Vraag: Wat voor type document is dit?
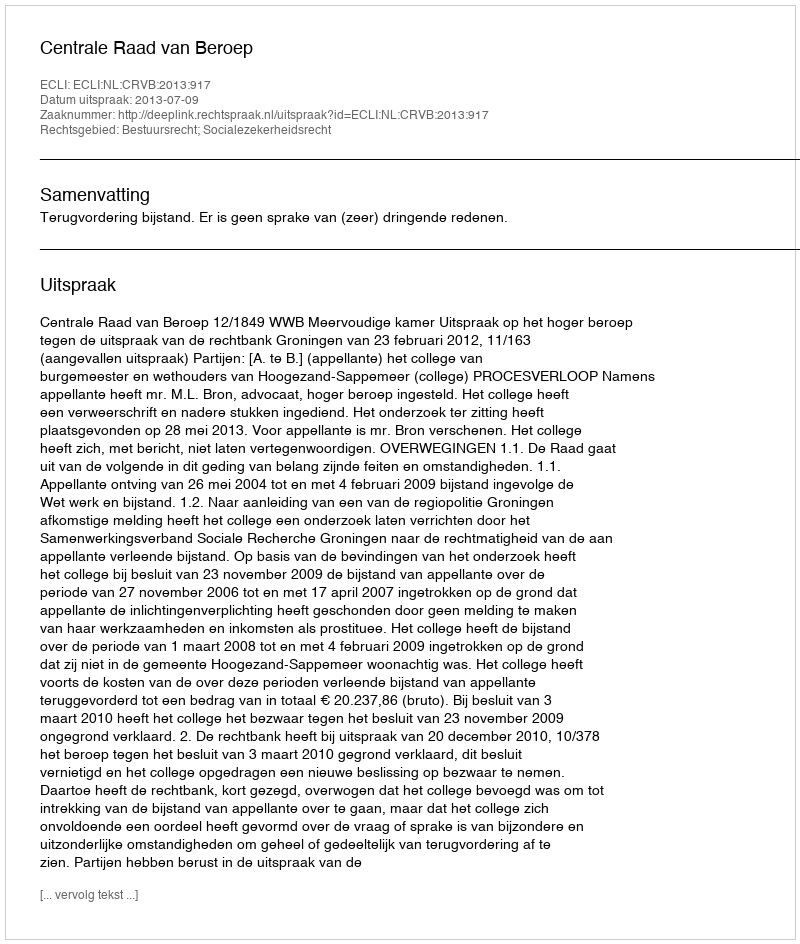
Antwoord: Uitspraak